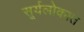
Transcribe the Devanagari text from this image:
सूर्यलोकात